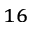
^ { 1 6 }